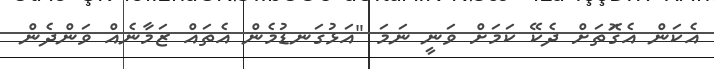
އެކަން އެގޮަތަށް ދެކޭ ކަމަށް ވަނީ ނަމަ "އަޅުގަނޑުމެން އެތައް ޒަމާނެއް ވަންދެން